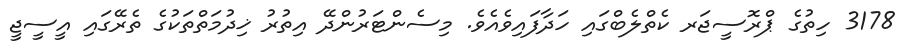
3178 ހިތުގެ ޕްރޮސީޖަރ ކެތްލެބްގައި ހަދާފައިވެއެވެ. މިސެންޓަރުންދޭ އިތުރު ޚިދުމަތްތަކުގެ ތެރޭގައި އީސީޖީ